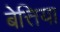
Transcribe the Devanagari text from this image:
बेत्तिया